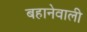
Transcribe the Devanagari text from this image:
बहानेवाली